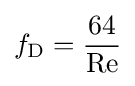
f_{\mathrm {D} }={\frac {64}{\mathrm {Re} }}